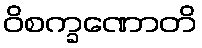
ဝိစက္ခဏောတိ